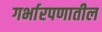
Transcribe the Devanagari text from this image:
गर्भारपणातील